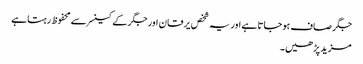
جگر صاف ہوجاتا ہے اور یہ شخص یرقان اور جگر کے کینسر سے محفوظ رہتا ہے
مزید پڑھیں۔